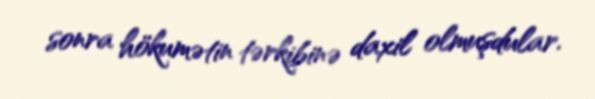
sonra hökumətin tərkibinə daxil olmuşdular.